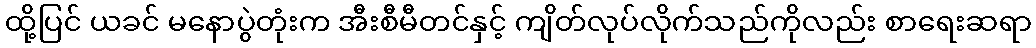
ထို့ပြင် ယခင် မနောပွဲတုံးက အီးစီမီတင်နှင့် ကျိတ်လုပ်လိုက်သည်ကိုလည်း စာရေးဆရာ